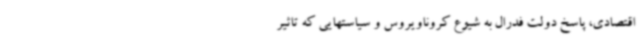
اقتصادی، پاسخ دولت فدرال به شیوع کروناویروس و سیاستهایی که تاثیر